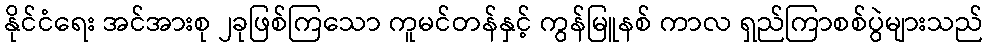
နိုင်ငံရေး အင်အားစု ၂ခုဖြစ်ကြသော ကူမင်တန်နှင့် ကွန်မြူနစ် ကာလ ရှည်ကြာစစ်ပွဲများသည်